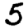
Digit: 5